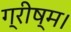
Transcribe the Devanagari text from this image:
ग्रीष्म।